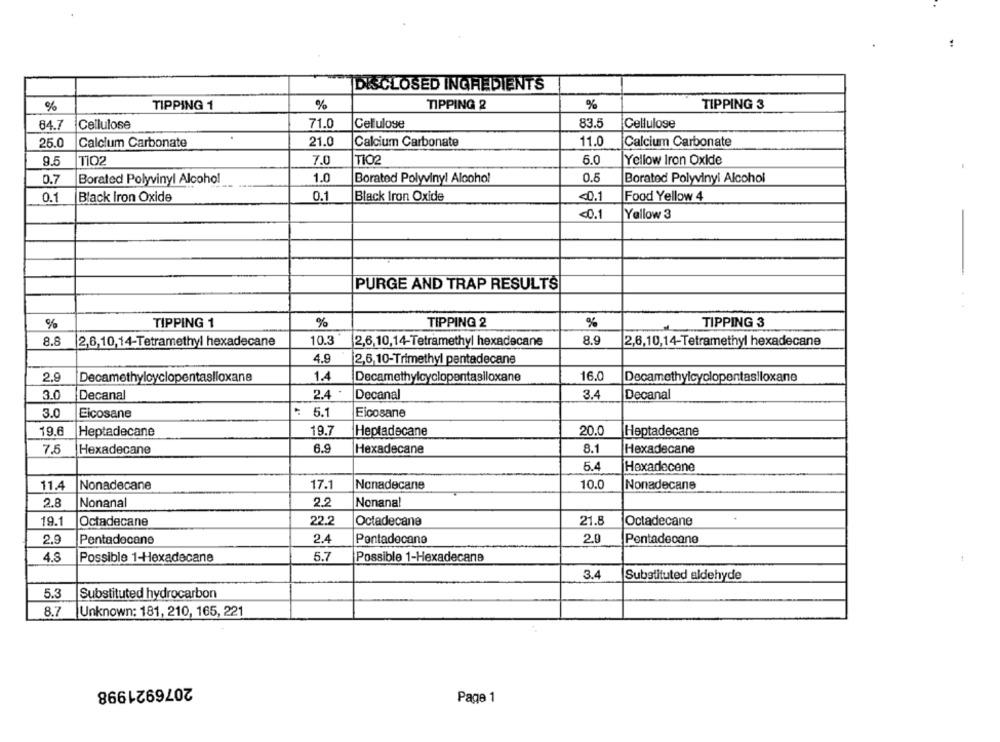
DISCLOSED INGREDIENTS
%
%
TIPPING 1
TIPPING 2
%
TIPPING 3
84.7
Cellulose
71.0
Celulose
83.5
Cellulose
21.0
Calcium Carbonate
Calcium Carbonate
25.0
Calcium Carbonate
11.0
9.5
TIO2
7.0
TIO2
5.0
Yellow Iron Oxide
Borated Polyvinyl Alcohol
1.0
Boratod Polyvinyl Alcohol
0.5
Boratod Polyvinyl Alcohol
0.7
0.1
Black iron Oxide
0.1
Black Iron Oxide
<0.1
Food Yellow 4
<0.1
Yellow 3
PURGE AND TRAP RESULTS
%
TIPPING 1
%
TIPPING 2
%
TIPPING 3
8.8
2,6,10,14-Tetramethyl hexadecane
10.3
8.9
2,6,10,14-Tetramethyl hexadecane
2,6,10,14-Tetramethyl hexadecane
4.9
2,6,10-Trimethyl pentadecane
2.9
Decamethylcyclopentaslloxane
1.4
Decamethylcyclopentasiloxane
16.0
Decamethylcyclopentasiloxane
2.4 .
3.4
3.0
Decanal
Decanal
Decanal
3.0
Eicosane
* 5.1
Eicosane
19.6
20.0
Heptadecane
19.7
Heptadecane
Heptadecane
7.5
Hexadecane
6.9
Hexadecane
8.1
Hexadecane
5.4
Hexadecene
11.4
Nonadecane
17.1
Nonadecane
10.0
Nonadecane
2.8
Nonanal
2.2
Nonanal
21.8
19.1
Octadecane
22.2
Octadecane
Octadecane
2.9
Pentadecano
2.4
Pontadecano
2.0
Pentadecane
5.7
Possible 1-Hexadecane
4.8
Possible 1-Hexadecane
3.4
Substituted aldehyde
5.3
Substituted hydrocarbon
8.7
Unknown: 181, 210, 165, 221
2076921998
Page 1